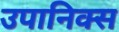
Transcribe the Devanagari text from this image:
उपानिक्स